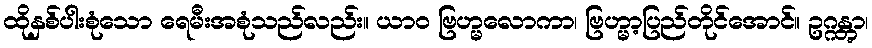
ထိုနှစ်ပါးစုံသော ရေမီးအစုံသည်လည်း။ ယာဝ ဗြဟ္မလောကာ၊ ဗြဟ္မာ့ပြည်တိုင်အောင်။ ဥဂ္ဂန္တွာ၊